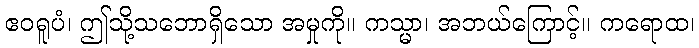
ဧဝရူပံ၊ ဤသို့သဘောရှိသော အမှုကို။ ကသ္မာ၊ အဘယ်ကြောင့်။ ကရောထ၊